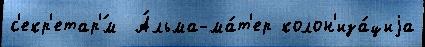
с'екр'етар'́м  А́льма-ма́т'ер колон'иза́циjа